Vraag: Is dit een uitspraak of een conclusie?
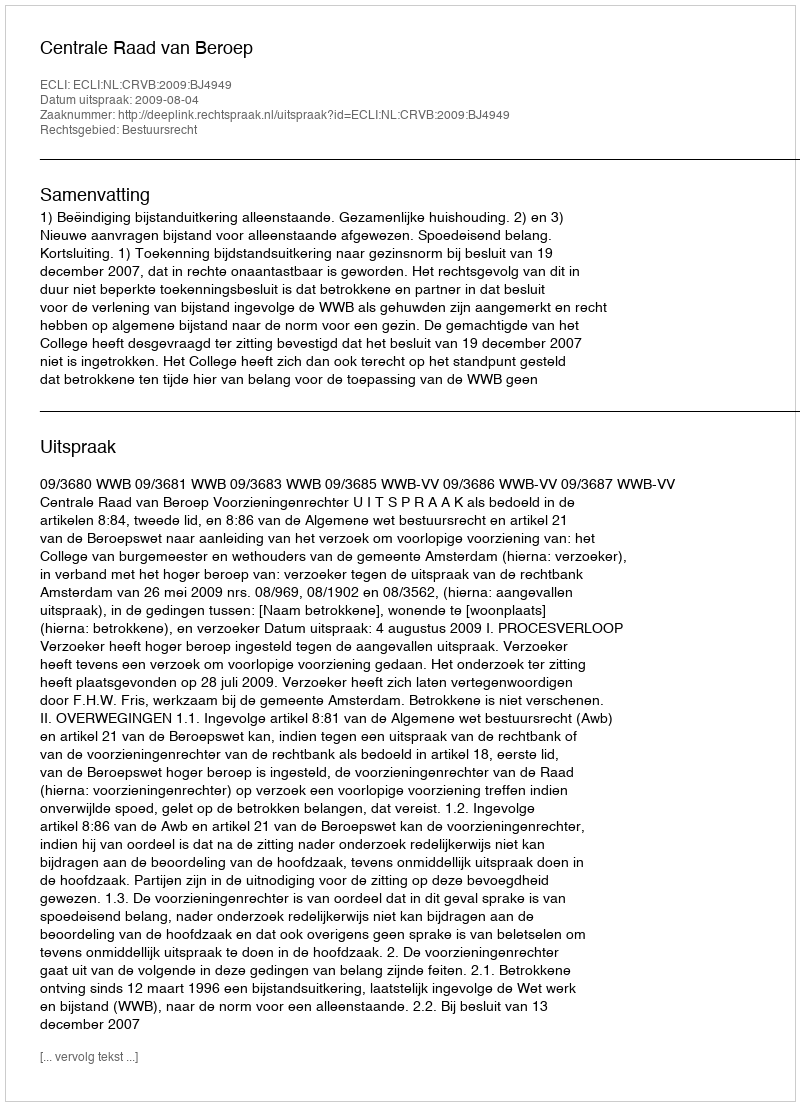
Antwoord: Uitspraak